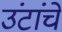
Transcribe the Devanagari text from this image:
उंटांचे